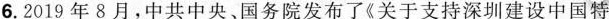
6.2019年8月，中共中央、国务院发布了《关于支持深圳建设中国特